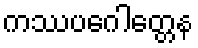
ကဿပဂေါတ္တေန